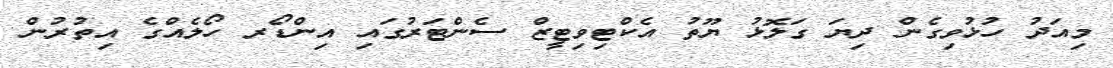
މިއަދު ހުޅުވިގެން ދިޔަ ގަލޮޅު ޔޫތު އެކްޓިވިޓީޒް ސެންޓަރުގައި އިންޑޯރ ހޯލެއްގެ އިތުރުން